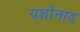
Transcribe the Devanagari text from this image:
यशोनाद